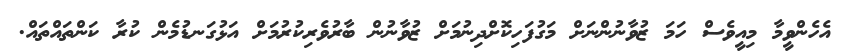
އެހެންވީމާ މިއީވެސް ހަމަ ޒުވާނުންނަށް މަގުފަހިކޮށްދިނުމަށް ޒުވާނުން ބާރުވެރިކުރުމަށް އަޅުގަނޑުމެން ކުރާ ކަންތައްތައް.